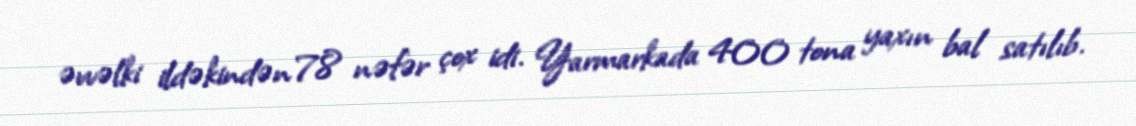
əvvəlki ildəkindən 78 nəfər çox idi. Yarmarkada 400 tona yaxın bal satılıb.